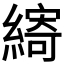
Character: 𮈽